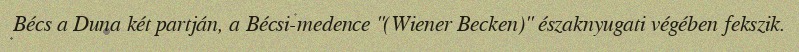
Bécs a Duna két partján, a Bécsi-medence "(Wiener Becken)" északnyugati végében fekszik.